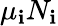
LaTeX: \mu_{\mathbf{i}}N_{\mathbf{i}}